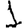
Digit: 1